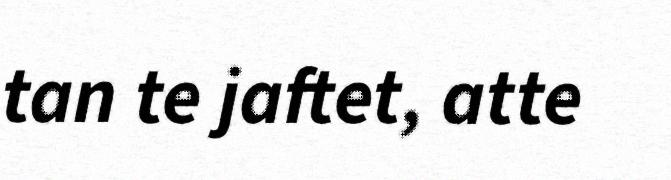
tan te jaftet, atte